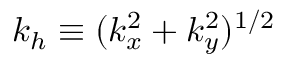
k _ { h } \equiv ( k _ { x } ^ { 2 } + k _ { y } ^ { 2 } ) ^ { 1 / 2 }